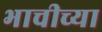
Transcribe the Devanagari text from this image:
भाचीच्या